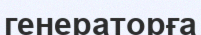
генераторға